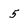
Character: 5